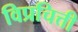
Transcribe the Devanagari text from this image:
विप्रचित्ती